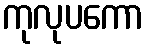
ကုလုပကော